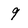
Character: 9